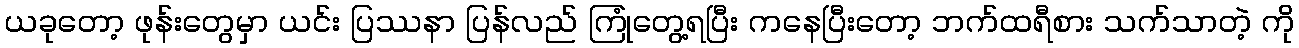
ယခုတော့ ဖုန်းတွေမှာ ယင်း ပြဿနာ ပြန်လည် ကြုံတွေ့ရပြီး ကနေပြီးတော့ ဘက်ထရီစား သက်သာတဲ့ ကို